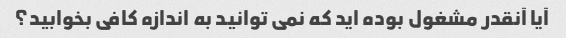
آیا آنقدر مشغول بوده اید که نمی توانید به اندازه کافی بخوابید؟